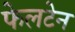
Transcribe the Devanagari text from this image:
फेलटेन